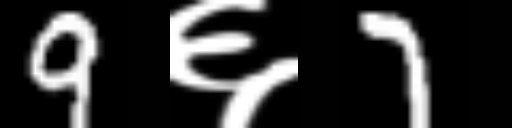
Text: 9६7